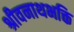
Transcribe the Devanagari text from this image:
श्रीवनाथभक्ति